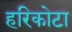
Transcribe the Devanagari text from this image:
हरिकोटा